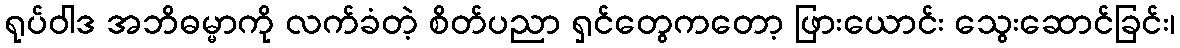
ရုပ်ဝါဒ အဘိဓမ္မာကို လက်ခံတဲ့ စိတ်ပညာ ရှင်တွေကတော့ ဖြားယောင်း သွေးဆောင်ခြင်း၊